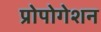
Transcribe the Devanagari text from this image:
प्रोपोगेशन